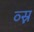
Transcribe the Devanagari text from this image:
व्स्न